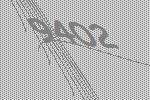
9402